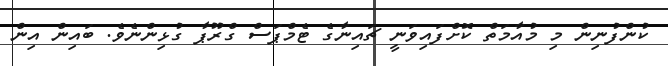
ކުންފުނިން މި މުއާމަތް ކޮށްފައިވަނީ ޗައިނާގެ ޓެމްޕަސް ގްރޫޕާ ގުޅިންނެވެ. ބައިން އިން